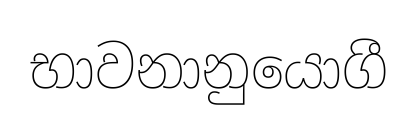
භාවනානුයොගී